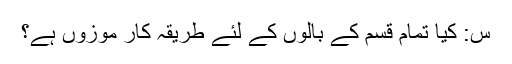
س: کیا تمام قسم کے بالوں کے لئے طریقہ کار موزوں ہے؟